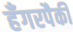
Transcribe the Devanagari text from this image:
हँगरपैकी